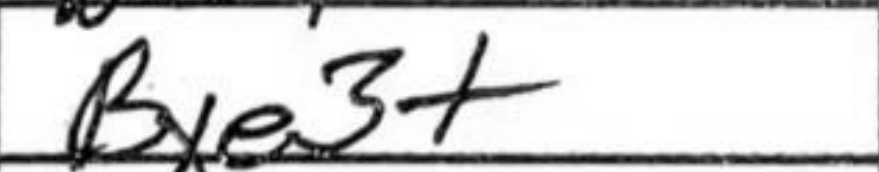
Transcription: Bxe3+